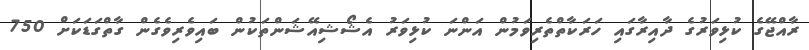
ރާއްޖޭގެ ކުޅިވަރުގެ ދާއިރާގައި ހަރަކާތްތެރިވަމުން އަންނަ ކުޅިވަރު އެޝޯޝިއޭޝަންތަކުން ބައިވެރިވެގެން ގާތްގަޑަކަށް 750